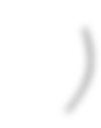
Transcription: بن الحنفية)